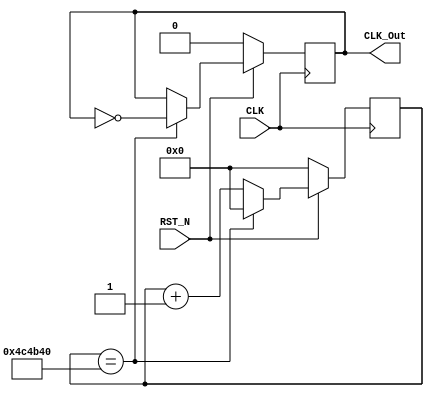
`timescale 1ns / 1ps

//////////////////////////////////////////////////////////////////////////////////
// 
// Design Name: PMOD demo
// Module Name: ClockDivider
// Project Name: PMOD
// Target Devices: Zedboard (Zynq 7020)
// Tool Versions: Vivado 2016.1
// 
// Revision:
// Revision 0.01 - File Created
// Additional Comments:
// Licensed under MIT license - refer to LICENSE file.
// 
//////////////////////////////////////////////////////////////////////////////////

module ClockDivider #(
    parameter TARGET_CLOCK_FREQ = 10, // 10Hz
    parameter SOUREC_CLK_FREQ = 100000000 // 100MHz
    ) (
    input CLK,
    input RST_N,
    output reg CLK_Out
    );
    localparam COUNTS_PER_CLOCK = SOUREC_CLK_FREQ / (2 * TARGET_CLOCK_FREQ);

    reg [31:0] count;
    
    always @ (posedge CLK) begin
        if (!RST_N) begin 
            count <= 0;
            CLK_Out <= 0;
        end
        else if (count == COUNTS_PER_CLOCK) begin
            count <= 0;
            CLK_Out <= ~CLK_Out;
        end        
        else begin
            count <= count + 1;
        end
    end

endmodule